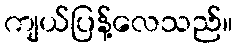
ကျယ်ပြန့်လေသည်။